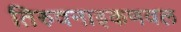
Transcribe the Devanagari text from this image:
तिरुवनाइकणवल